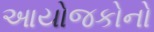
આયોજકોનો